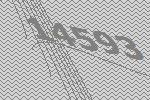
14593